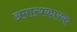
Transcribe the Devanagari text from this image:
अमात्यकारक